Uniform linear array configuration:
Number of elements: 16
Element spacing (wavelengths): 0.25
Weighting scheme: blackman
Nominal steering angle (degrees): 15
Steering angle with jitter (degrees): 13.211
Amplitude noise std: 0.05
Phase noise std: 0.05

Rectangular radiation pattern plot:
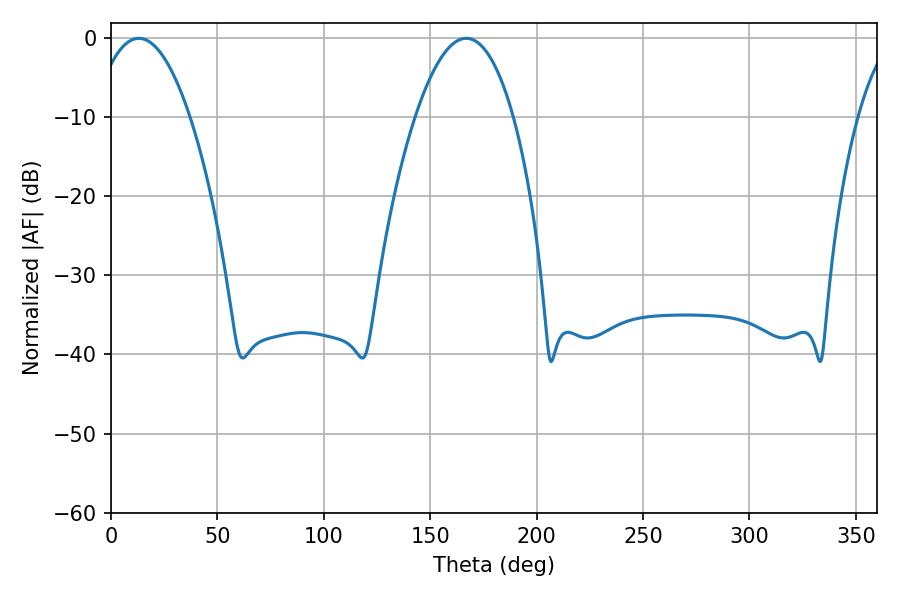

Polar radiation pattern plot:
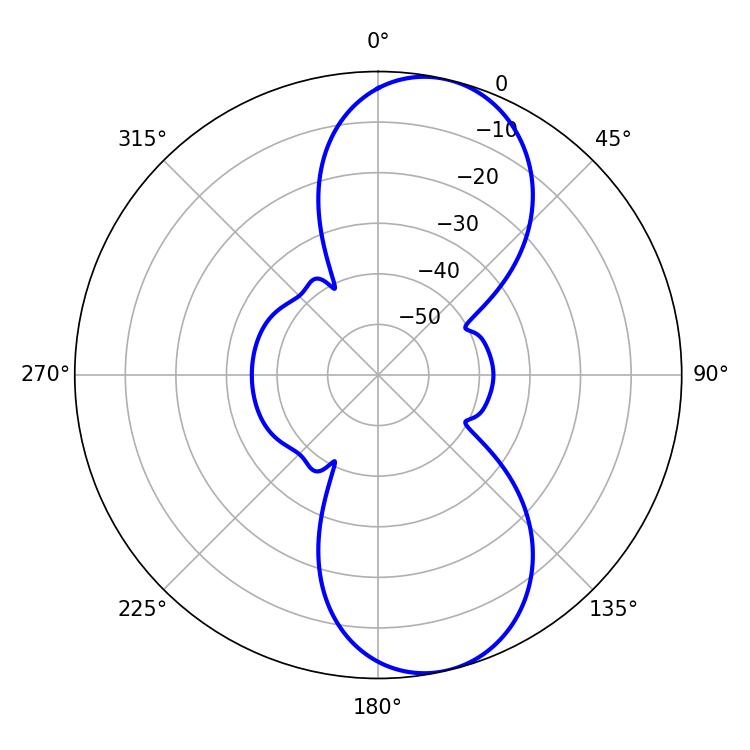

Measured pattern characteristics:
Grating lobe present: FALSE
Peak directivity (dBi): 9.584
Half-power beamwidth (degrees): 25.38
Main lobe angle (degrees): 13.14